Report of the Bombay Veterinary College
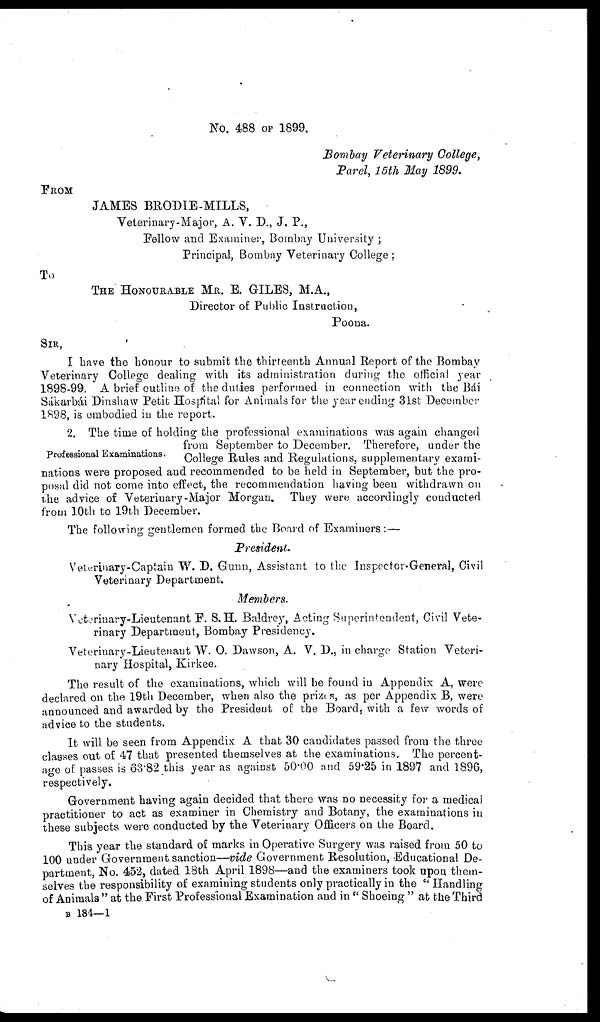
No. 488 OF 1899.
Bombay Veterinary College,
Parel, 15th May 1899.
FROM
JAMES BRODIE-MILLS,
Veterinary-Major, A. V. D., J. P.,
Fellow and Examiner, Bombay University ;
Principal, Bombay Veterinary College ;
To
THE HONOURABLE MR. E. GILES, M.A.,
Director of Public Instruction,
Poona.
SIR,
I have the honour to submit the thirteenth Annual Report of the Bombay
Veterinary College dealing with its administration during the official year
1898-99. A brief outline of the duties performed in connection with the Bái
Sákarbái Dinshaw Petit Hospital for Animals for the year ending 31st December
1898, is embodied in the report.
Professional Examinations.
2. The time of holding the professional examinations was again changed
from September to December. Therefore, under the
College Rules and Regulations, supplementary exami-
nations were proposed and recommended to be held in September, but the pro-
posal did not come into effect, the recommendation having been withdrawn on
the advice of Veterinary-Major Morgan. They were accordingly conducted
from 10th to 19th December.
The following gentlemen formed the Board of Examiners :—
President.
Veterinary-Captain W. D. Gunn, Assistant to the Inspector-General, Civil
Veterinary Department.
Members.
Veterinary-Lieutenant F. S.H. Baldrey, Acting Superintendent, Civil Vete-
rinary Department, Bombay Presidency.
Veterinary-Lieutenant W. O. Dawson, A. V. D., in charge Station Veteri-
nary Hospital, Kirkee.
The result of the examinations, which will be found in Appendix A, were
declared on the 19th December, when also the prizes, as per Appendix B, were
announced and awarded by the President of the Board, with a few words of
advice to the students.
It will be seen from Appendix A that 30 candidates passed from the three
classes out of 47 that presented themselves at the examinations. The percent-
age of passes is 63.82 this year as against 50.00 and 59.25 in 1897 and 1896,
respectively.
Government having again decided that there was no necessity for a medical
practitioner to act as examiner in Chemistry and Botany, the examinations in
these subjects were conducted by the Veterinary Officers on the Board.
This year the standard of marks in Operative Surgery was raised from 50 to
100 under Government sanction—vide Government Resolution, Educational De-
partment, No. 452, dated 18th April 1898—and the examiners took upon them-
selves the responsibility of examining students only practically in the " Handling
of Animals" at the First Professional Examination and in "Shoeing" at the Third
B 184—1